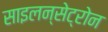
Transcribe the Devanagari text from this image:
साइलन्सेट्रोन